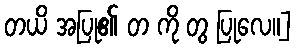
တယိ အပြု၏ တ ကို တွ ပြုလေ။]